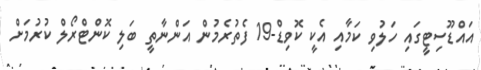
އައްޑޫސިޓީގައި ހަލުވި ކަމާއި އެކީ ކޮވިޑް-19 ފެތުރެމުން އަންނާތީ ބަލި ކޮންޓްރޯލް ކުރުމަށް